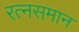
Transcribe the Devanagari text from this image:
रत्‍नसमान